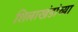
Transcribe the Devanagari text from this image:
शिलाखंडांच्या